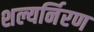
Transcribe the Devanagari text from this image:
शल्यर्निरण